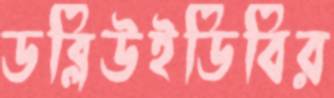
ডব্লিউইডিবির